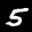
Label: 5